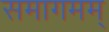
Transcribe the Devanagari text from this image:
समागमम्